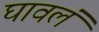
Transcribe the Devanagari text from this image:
घावलं